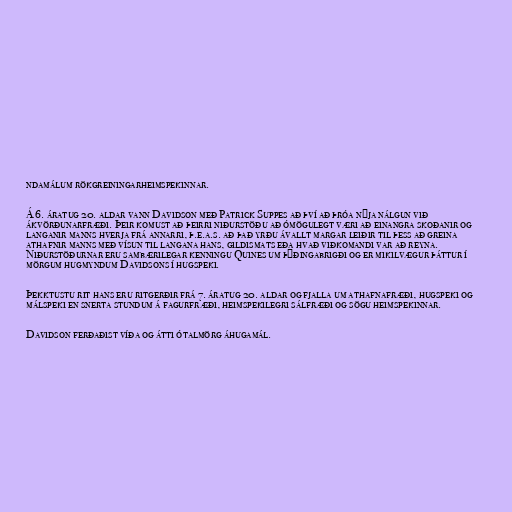
ndamálum rökgreiningarheimspekinnar.

Á 6. áratug 20. aldar vann Davidson með Patrick Suppes að því að þróa nýja nálgun við
ákvörðunarfræði. Þeir komust að þeirri niðurstöðu að ómögulegt væri að einangra skoðanir og
langanir manns hverja frá annarri, þ.e.a.s. að það yrðu ávallt margar leiðir til þess að greina
athafnir manns með vísun til langana hans, gildismats eða hvað viðkomandi var að reyna.
Niðurstöðurnar eru sambærilegar kenningu Quines um þýðingabrigði og er mikilvægur þáttur í
mörgum hugmyndum Davidsons í hugspeki.

Þekktustu rit hans eru ritgerðir frá 7. áratug 20. aldar og fjalla um athafnafræði, hugspeki og
málspeki en snerta stundum á fagurfræði, heimspekilegri sálfræði og sögu heimspekinnar.

Davidson ferðaðist víða og átti ótalmörg áhugamál.